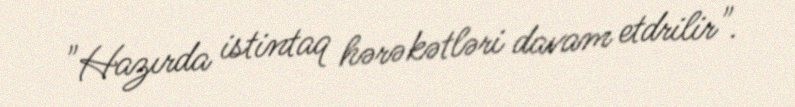
"Hazırda istintaq hərəkətləri davam etdrilir".